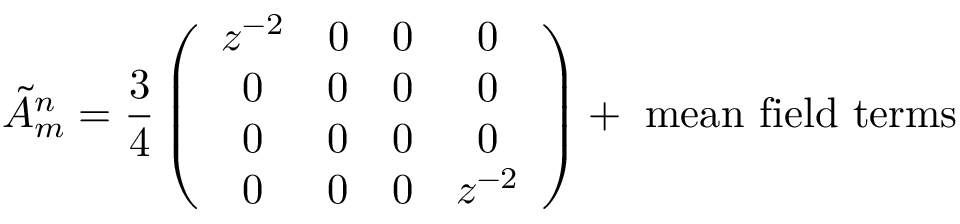
\tilde { \cal A } _ { m } ^ { n } = \frac { 3 } { 4 } \left( \begin{array} { c c c c } { { z ^ { - 2 } } } & { { 0 } } & { { 0 } } & { { 0 } } \\ { { 0 } } & { { 0 } } & { { 0 } } & { { 0 } } \\ { { 0 } } & { { 0 } } & { { 0 } } & { { 0 } } \\ { { 0 } } & { { 0 } } & { { 0 } } & { { z ^ { - 2 } } } \end{array} \right) + \mathrm { ~ m e a n ~ f i e l d ~ t e r m s }